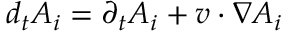
\begin{array} { r } { d _ { t } A _ { i } = \partial _ { t } A _ { i } + v \cdot \nabla A _ { i } } \end{array}